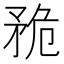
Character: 𥍨